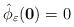
LaTeX: \begin{align*}\hat{\phi}_{\varepsilon}(\mathbf{0}) = 0\end{align*}